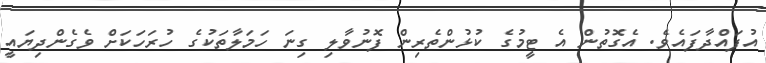
އުފައްދާފައެވެ. އެގޮތުން އެ ޓީމުގެ ކުޅުންތެރިން ފޮނުވާލި ގިނަ ހަމަލާތަކުގެ ހުރަހަކަށް ވެގެންދިޔައީ